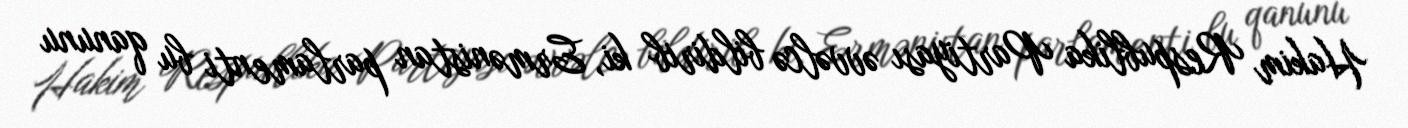
Hakim Respublika Partiyası əvvəlcə bildirib ki, Ermənistan parlamenti bu qanunu